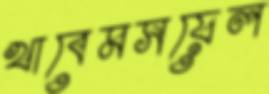
খাবেমসয়েল